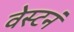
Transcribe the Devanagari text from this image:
वेस्टनं